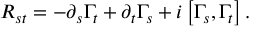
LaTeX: R _ { s t } = - \partial _ { s } \Gamma _ { t } + \partial _ { t } \Gamma _ { s } + i \left[ \Gamma _ { s } , \Gamma _ { t } \right] .